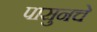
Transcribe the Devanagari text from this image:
पासुनचे